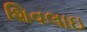
શિવલાઇ